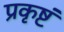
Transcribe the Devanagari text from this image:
प्रकृष्टं